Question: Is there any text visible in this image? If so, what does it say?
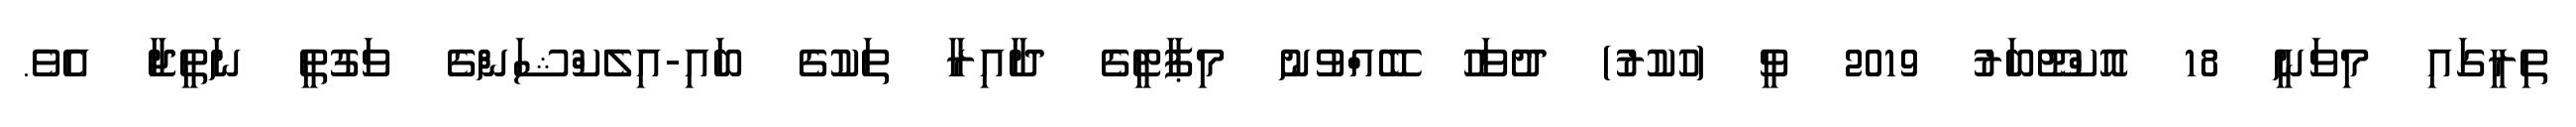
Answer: ތިރީގައި މިވަނީ 18 އޮކްޓޫބަރު 2019 ވީ (ހުކުރު) ދުވަހު ބޭއްވުނު މިޕާޓީގެ ދާއިރާ ތަކުގެ ބައި-އިލެކްޝަންގެ ވަގުތީ ނަތީޖާ އެވެ.